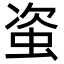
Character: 𧊒